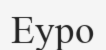
Еуро